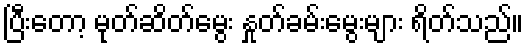
ပြီးတော့ မုတ်ဆိတ်မွေး နှုတ်ခမ်းမွေးများ ရိတ်သည်။